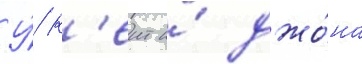
У́ к'еит и́ джо́на